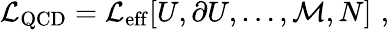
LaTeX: {\cal L}_{\mathrm{QCD}}={\cal L}_{\mathrm{eff}}[U,\partial U,\ldots,{\cal M},N]\, \, ,